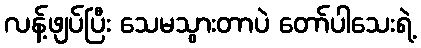
လန့်ဖျပ်ပြီး သေမသွားတာပဲ တော်ပါသေးရဲ့